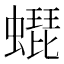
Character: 𧑜